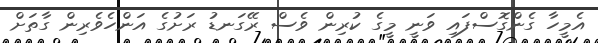
އެމީހާ ގެންގޮސްފައި ވަނީ މީގެ ކުރިން ވެސް ރޭގަނޑު ރަށުގެ އަންހެވެރިން ގާތަށް